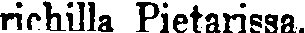
riehilla Pietarissa.